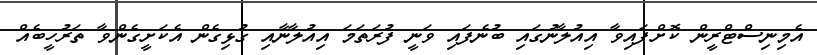
އެމިނިސްޓްރީން ކޮށްފައިވާ އިއުލާނުގައި ބުނެފައި ވަނީ ފުރަތަމަ އިއުލާނާއި ގުޅިގެން އެކަށީގެންވާ ތަރުހީބެއް